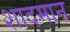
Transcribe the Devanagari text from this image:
शादमान